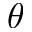
\theta